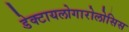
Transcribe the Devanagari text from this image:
डेक्टायलोगारोलोसिस